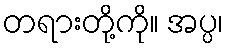
တရားတို့ကို။ အပ္ပ၊